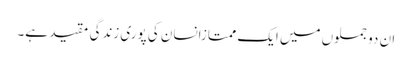
ان دو جملوں میں ایک ممتازانسان کی پوری زندگی مقید ہے۔